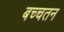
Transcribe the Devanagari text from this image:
बच्चतन